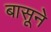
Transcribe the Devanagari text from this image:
बासूने